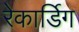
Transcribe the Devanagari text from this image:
रेकार्डिग